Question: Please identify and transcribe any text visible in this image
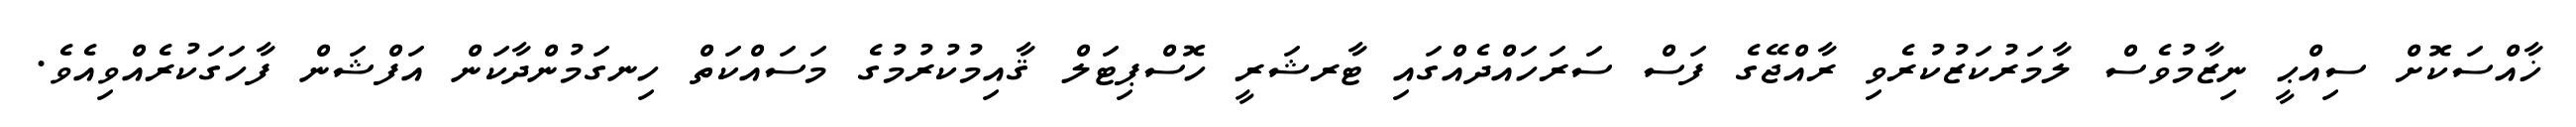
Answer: ޚާއްސަކޮށް ސިއްޙީ ނިޒާމުވެސް ލާމަރުކަޒުކުރެވި ރާއްޖޭގެ ފަސް ސަރަހައްދެއްގައި ޓާރޝަރީ ހޮސްޕިޓަލް ޤާއިމުކުރުމުގެ މަސައްކަތް ހިނގަމުންދާކަން އަފްޝަން ފާހަގަކުރެއްވިއެވެ.